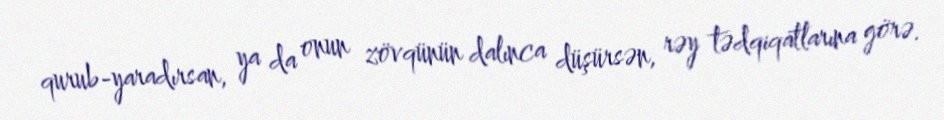
qurub-yaradırsan, ya da onun zövqünün dalınca düşürsən, rəy tədqiqatlarına görə.